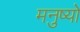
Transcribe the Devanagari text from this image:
मनुष्‍यो